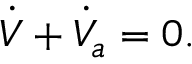
\dot { V } + \dot { V } _ { a } = 0 .